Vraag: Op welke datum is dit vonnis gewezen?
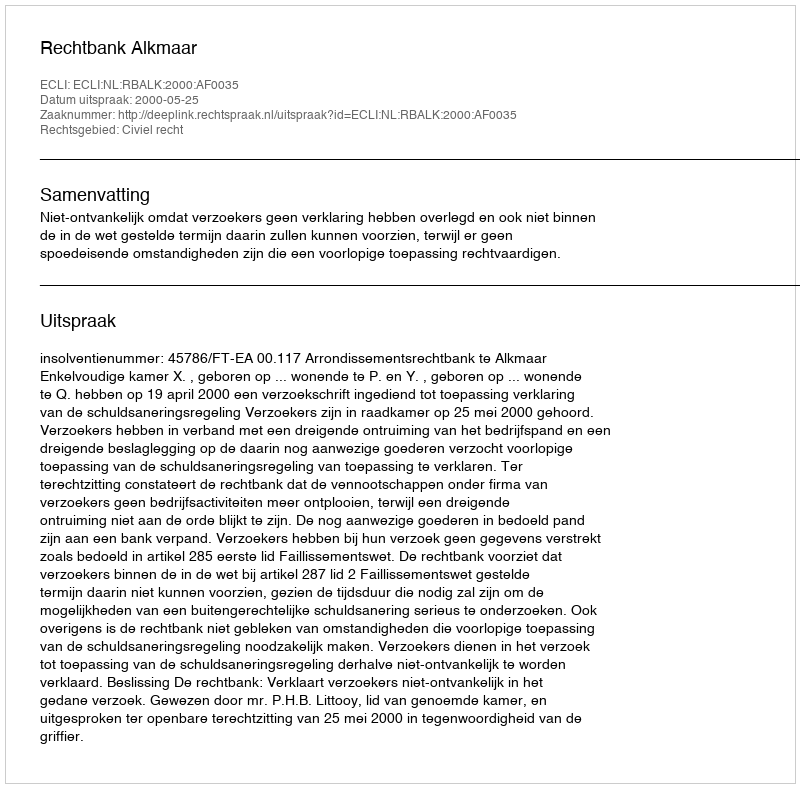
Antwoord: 2000-05-25